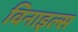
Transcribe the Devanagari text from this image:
विनाइल्स